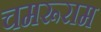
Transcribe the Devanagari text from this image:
चमरूराम